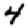
Digit: 4